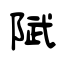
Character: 陚